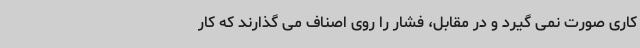
کاری صورت نمی گیرد و در مقابل، فشار را روی اصناف می گذارند که کار